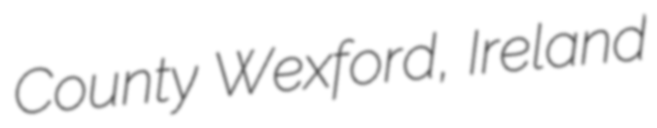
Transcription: County Wexford, Ireland